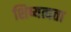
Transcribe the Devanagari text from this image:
शिष्यत्वता